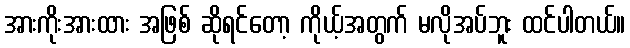
အားကိုးအားထား အဖြစ် ဆိုရင်တော့ ကိုယ့်အတွက် မလိုအပ်ဘူး ထင်ပါတယ်။